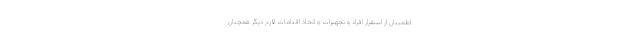
اطمینان از استقرار افراد و تجهیزات و اتخاذ اقدامات لازم دیگر همچنان